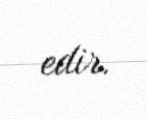
edir.